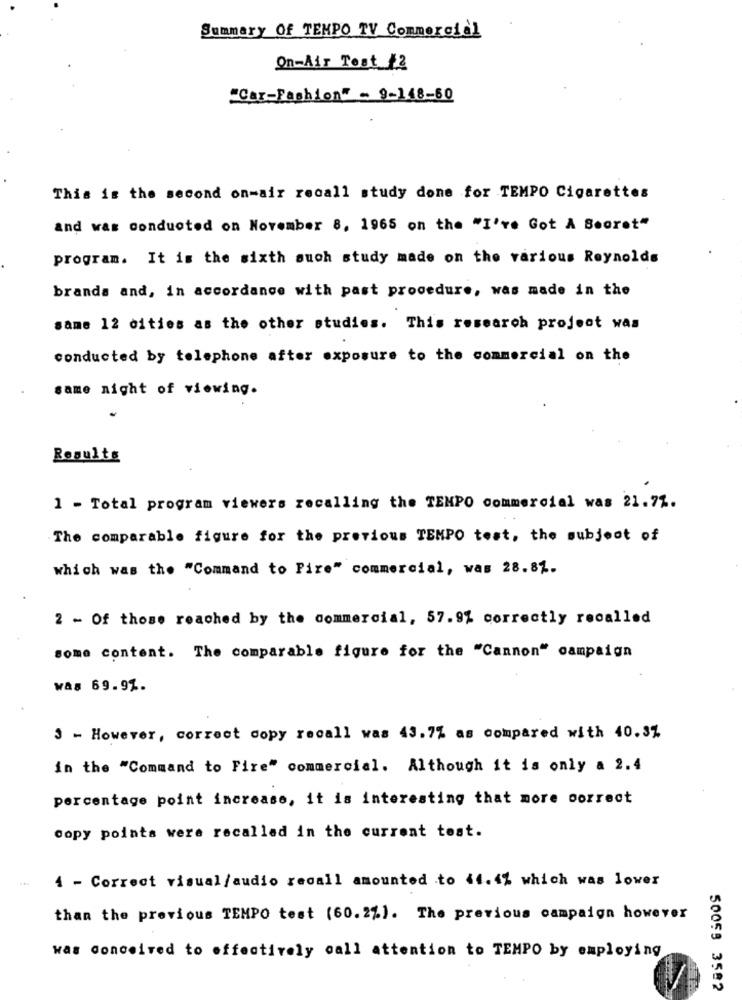
Summary Of TEMPO TV Commercial
On-Air Test /2
"Car-Fashion" - 9-148-60
This is the second on-air recall study done for TEMPO Cigarettes
and was conducted on November 8, 1965 on the "I've Got A Secret"
program. It is the sixth such study made on the various Reynolds
brands and, in accordance with past procedure, was made in the
same 12 cities as the other studies. This research project was
conducted by telephone after exposure to the commercial on the
same night of viewing.
Results
1 - Total program viewers recalling the TEMPO commercial was 21.71.
The comparable figure for the previous TEMPO test, the subject of
which was the "Command to Fire" commercial, was 28.81.
2 - Of those reached by the commercial, 57.9% correctly recalled
some content. The comparable figure for the "Cannon" campaign
was 69.97.
3 - However, correct copy recall was 43.7% as compared with 40.37
in the "Command to Fire" commercial. Although it is only a 2.4
percentage point increase, it is interesting that more correct
copy points were recalled in the current tost.
4 - Correct visual/audio recall amounted to 44.4% which was lower
than the previous TEMPO test (60.2%). The previous campaign however
was conceived to effectively call attention to TEMPO by employing
50059 3582